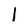
Character: l